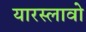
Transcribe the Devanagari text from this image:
यारस्लावो